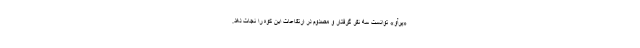
«پرآو» توانست سه نفر گرفتار و مصدوم در ارتفاعات این کوه را نجات دهد.